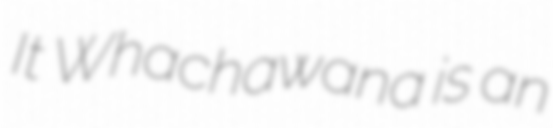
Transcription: It Whachawana is an